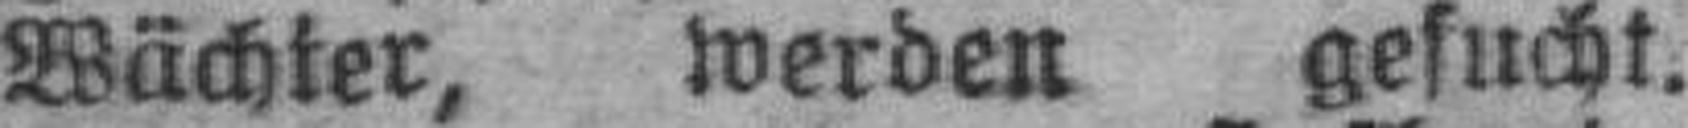
Wächter, werden gesucht.